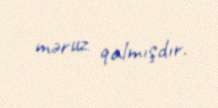
məruz qalmışdır.